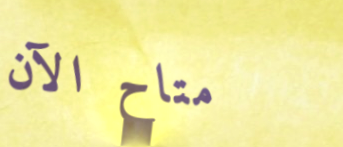
متاح الآن